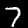
Digit: 7